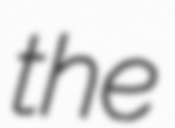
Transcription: the